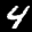
Label: 4